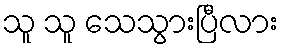
သူ သူ သေသွားပြီလား